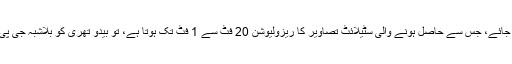
اگر بیدو تھری کا موازنہ جی پی ایس سے کیا جائے، جس سے حاصل ہونے والی سٹیلائٹ تصاویر کا ریزولیوشن 20 فٹ سے 1 فٹ تک ہوتا ہے، تو بیدو تھری کو بلاشبہ جی پی ایس کا چینی حریف بھی قرار دیا جاسکتا ہے۔